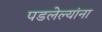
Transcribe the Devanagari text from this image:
पडलेल्यांना